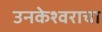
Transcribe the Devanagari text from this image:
उनकेश्वराचा